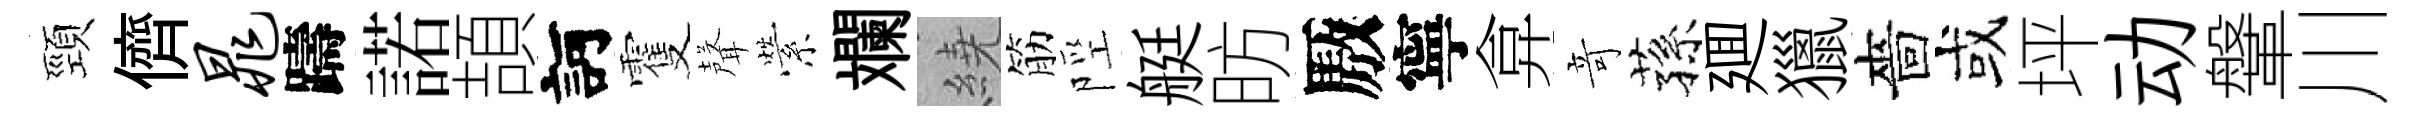
頸儕晁躊諾頡訶䨥聲縈斕繞筋陘艇昉厫寧弇竒蓀廽獵嗇或坪动鞶川